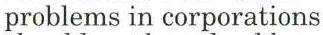
problems in corporations